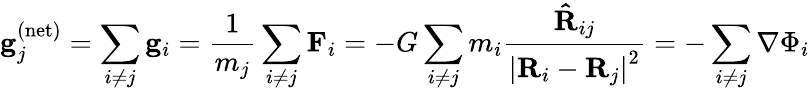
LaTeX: \mathbf{g}_{j}^{\mathrm{(net)}}=\sum_{i\neq j}\mathbf{g}_{i}={\frac{1}{m_{j}}}\sum_{i\neq j}\mathbf{F}_{i}=-G\sum_{i\neq j}m_{i}{\frac{\mathbf{\hat{R}}_{ij}}{\left|\mathbf{R}_{i}-\mathbf{R}_{j}\right|^{2}}}=-\sum_{i\neq j}\nabla\Phi_{i}